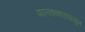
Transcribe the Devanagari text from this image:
पालक्काडपासून